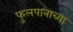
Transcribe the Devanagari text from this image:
फुलपात्राच्या